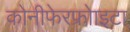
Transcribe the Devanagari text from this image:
कोनीफेरफ्रोाइटा